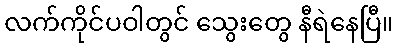
လက်ကိုင်ပဝါတွင် သွေးတွေ နီရဲနေပြီ။